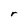
Character: r